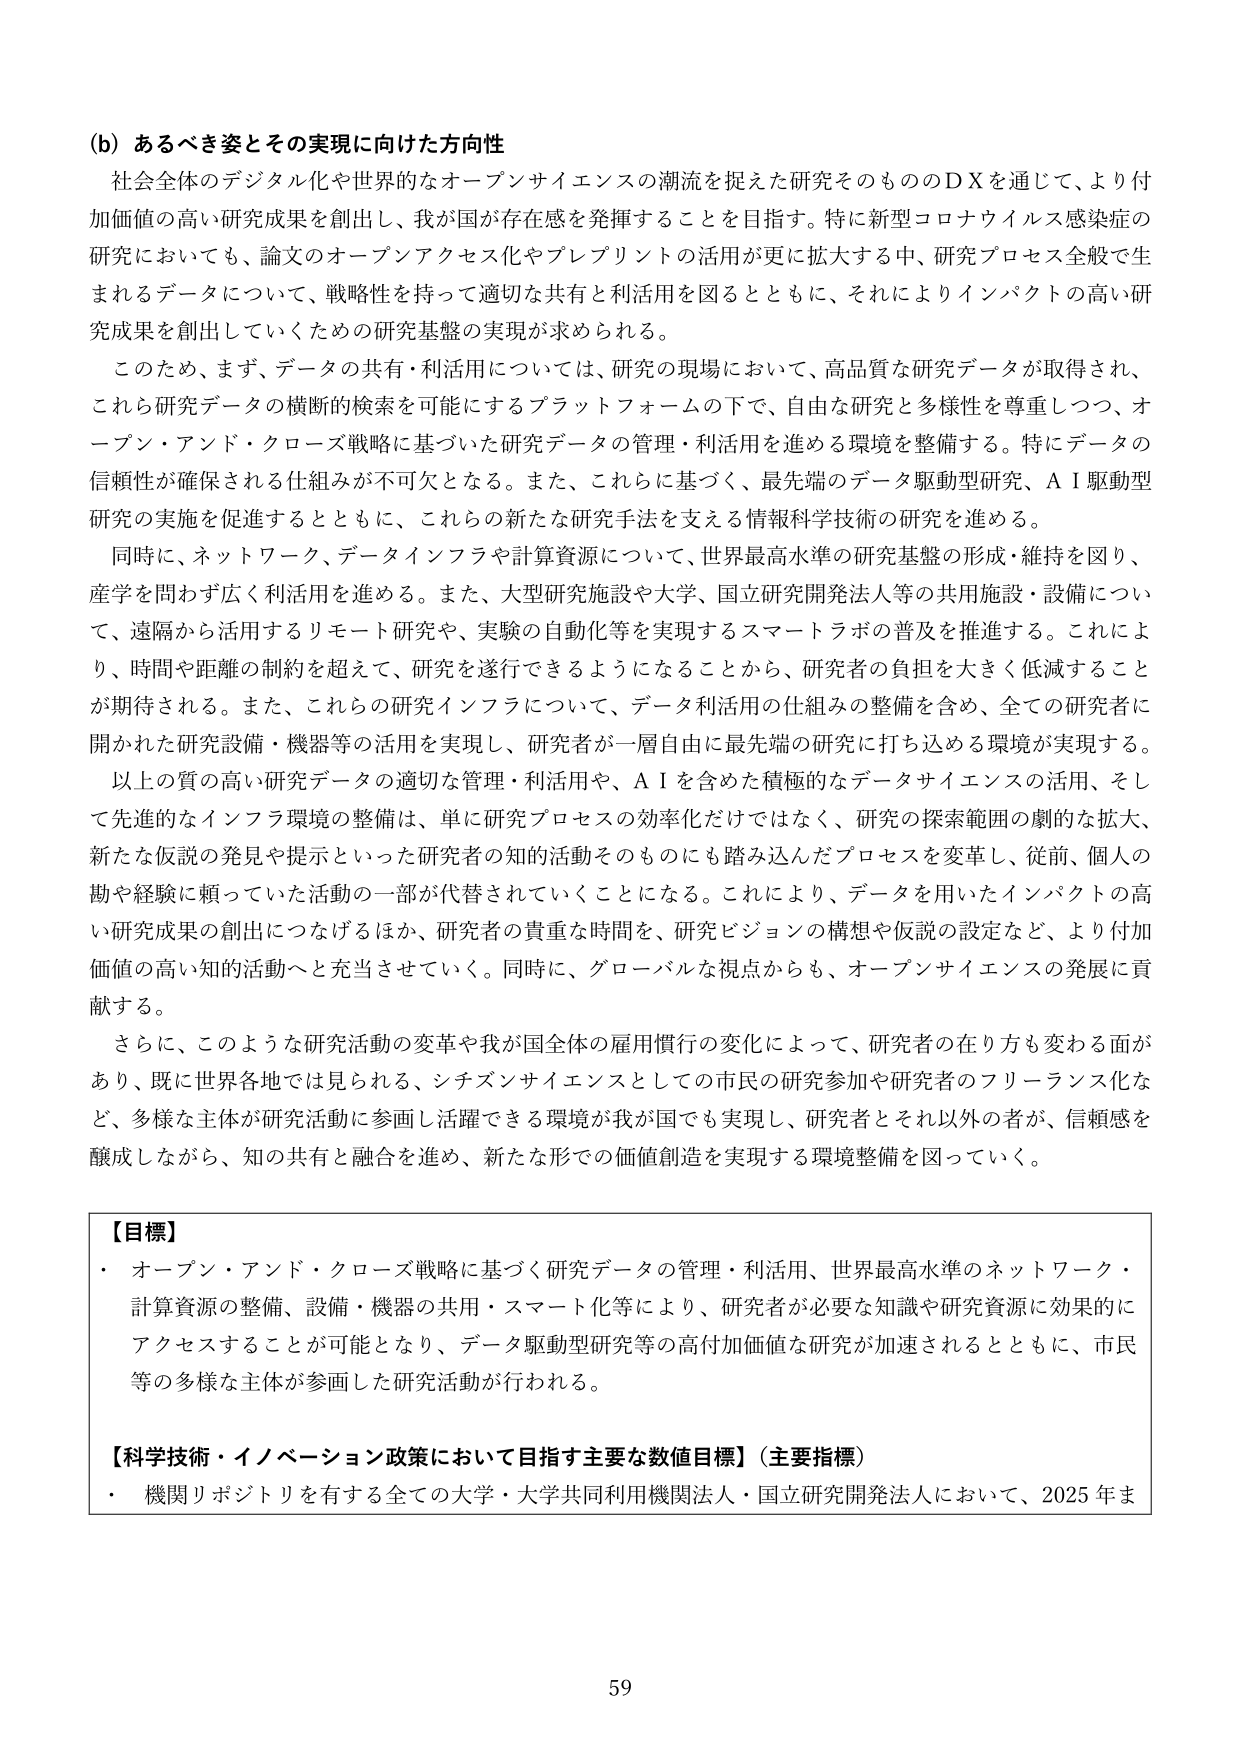
(b) あるべき姿とその実現に向けた方向性
社会全体のデジタル化や世界的なオープンサイエンスの潮流を捉えた研究そのもののDXを通じて、より付加価値の高い研究成果を創出し、我が国が存在感を発揮することを目指す。特に新型コロナウイルス感染症の研究においても、論文のオープンアクセス化やプレプリントの活用が更に拡大する中、研究プロセス全般で生まれるデータについて、戦略性を持って適切な共有と利活用を図るとともに、それによりインパクトの高い研究成果を創出していくための研究基盤の実現が求められる。

このため、まず、データの共有・利活用については、研究の現場において、高品質な研究データが取得され、これら研究データの横断的検索を可能にするプラットフォームの下で、自由な研究と多様性を尊重しつつ、オープン・アンド・クローズ戦略に基づいた研究データの管理・利活用を進める環境を整備する。特にデータの信頼性が確保される仕組みが不可欠となる。また、これらに基づく、最先端のデータ駆動型研究、AI駆動型研究の実施を促進するとともに、これらの新たな研究手法を支える情報科学技術の研究を進める。

同時に、ネットワーク、データインフラや計算資源について、世界最高水準の研究基盤の形成・維持を図り、産学を問わず広く利活用を進める。また、大型研究施設や大学、国立研究開発法人等の共用施設・設備について、遠隔から活用するリモート研究や、実験の自動化等を実現するスマートラボの普及を推進する。これにより、時間や距離の制約を超えて、研究を遂行できるようになることから、研究者の負担を大きく低減することが期待される。また、これらの研究インフラについて、データ利活用の仕組みの整備を含め、全ての研究者に開かれた研究設備・機器等の活用を実現し、研究者が一層自由に最先端の研究に打ち込める環境が実現する。

以上の質の高い研究データの適切な管理・利活用や、AIを含めた積極的なデータサイエンスの活用、そして先進的なインフラ環境の整備は、単に研究プロセスの効率化だけではなく、研究の探索範囲の劇的な拡大、新たな仮説の発見や提示といった研究者の知的活動そのものにも踏み込んだプロセスを変革し、従前、個人の勘や経験に頼っていた活動の一部が代替されていくことになる。これにより、データを用いたインパクトの高い研究成果の創出につなげるほか、研究者の貴重な時間を、研究ビジョンの構想や仮説の設定など、より付加価値の高い知的活動へと充当させていく。同時に、グローバルな視点からも、オープンサイエンスの発展に貢献する。

さらに、このような研究活動の変革や我が国全体の雇用慣行の変化によって、研究者の在り方も変わる面があり、既に世界各地では見られる、シチズンサイエンスとしての市民の研究参加や研究者のフリーランス化など、多様な主体が研究活動に参画し活躍できる環境が我が国でも実現し、研究者とそれ以外の者が、信頼感を醸成しながら、知の共有と融合を進め、新たな形での価値創造を実現する環境整備を図っていく。

【目標】
・ オープン・アンド・クローズ戦略に基づく研究データの管理・利活用、世界最高水準のネットワーク・計算資源の整備、設備・機器の共用・スマート化等により、研究者が必要な知識や研究資源に効果的にアクセスすることが可能となり、データ駆動型研究等の高付加価値な研究が加速されるとともに、市民等の多様な主体が参画した研究活動が行われる。

【科学技術・イノベーション政策において目指す主要な数値目標】（主要指標）
・ 機関リポジトリを有する全ての大学・大学共同利用機関法人・国立研究開発法人において、2025年ま

59